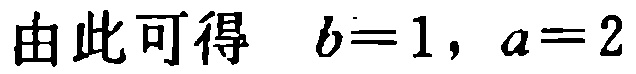
由此可得 \(b = 1, a = 2\)